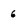
Character: 6